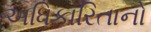
અધિકારિતાનો